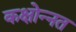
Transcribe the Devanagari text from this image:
कक्षोन्नत